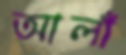
আলাঁ